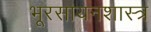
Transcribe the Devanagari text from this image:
भूरसायनशास्त्र